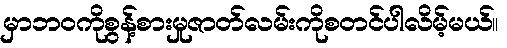
မှာဘဝကိုစွန့်စားမှုဇာတ်လမ်းကိုစတင်ပါလိမ့်မယ်။